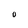
Character: 0